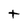
Character: t